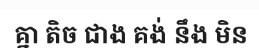
គ្នា តិច ជាង គង់ នឹង មិន